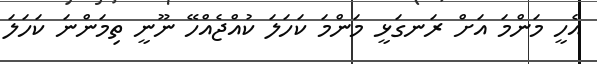
އެހީ މަންމަ އަށް ރަނގަޅީ މަންމަ ކަހަލަ ކުއްޖެއްހޭ ނޫނީ ތިމަންނަ ކަހަލަ